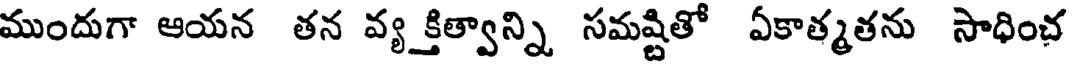
ముందుగా ఆయన తన వ్యక్తిత్వాన్ని సమష్టితో ఏకాత్మతను సాధించ